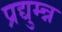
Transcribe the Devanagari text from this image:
प्रद्युम्न्न